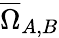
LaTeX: \overline{{\Omega}}_{A,B}